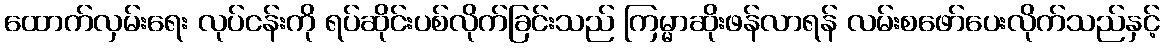
ထောက်လှမ်းရေး လုပ်ငန်းကို ရပ်ဆိုင်းပစ်လိုက်ခြင်းသည် ကြမ္မာဆိုးဖန်လာရန် လမ်းစဖော်ပေးလိုက်သည်နှင့်